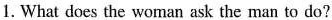
1. What does the woman ask the man to do?